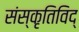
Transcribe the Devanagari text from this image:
संस्कृतिविद्